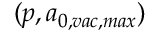
( p , a _ { 0 , v a c , m a x } )